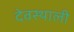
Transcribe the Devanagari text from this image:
देवस्थाली